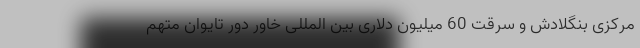
مرکزی بنگلادش و سرقت 60 میلیون دلاری بین المللی خاور دور تایوان متهم